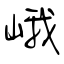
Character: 峨